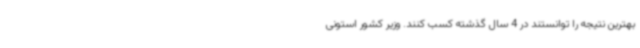
بهترین نتیجه را توانستند در 4 سال گذشته کسب کنند. وزیر کشور استونی